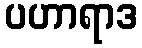
ပဟာရာဒ